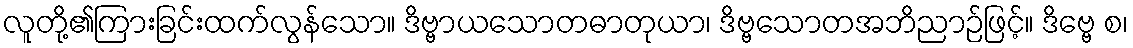
လူတို့၏ကြားခြင်းထက်လွန်သော။ ဒိဗ္ဗာယသောတဓာတုယာ၊ ဒိဗ္ဗသောတအဘိညာဉ်ဖြင့်။ ဒိဗ္ဗေ စ၊